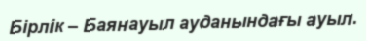
Бірлік – Баянауыл ауданындағы ауыл.